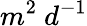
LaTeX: m^{2}\ d^{-1}